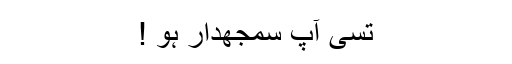
تسی آپ سمجھدار ہو !